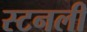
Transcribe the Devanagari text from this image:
स्टनली